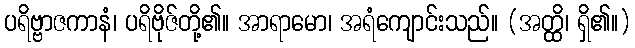
ပရိဗ္ဗာဇကာနံ၊ ပရိဗိုဇ်တို့၏။ အာရာမော၊ အရံကျောင်းသည်။ (အတ္ထိ၊ ရှိ၏။)